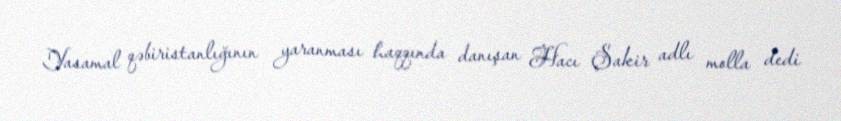
Yasamal qəbiristanlığının yaranması haqqında danışan Hacı Şakir adlı molla dedi